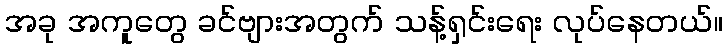
အခု အကူတွေ ခင်ဗျားအတွက် သန့်ရှင်းရေး လုပ်နေတယ်။